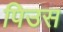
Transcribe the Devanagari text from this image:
पिउस